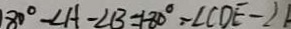
8 0 ^ { \circ } - \angle A - \angle B = 1 8 0 ^ { \circ } - \angle C D E - \angle